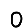
Digit: 0